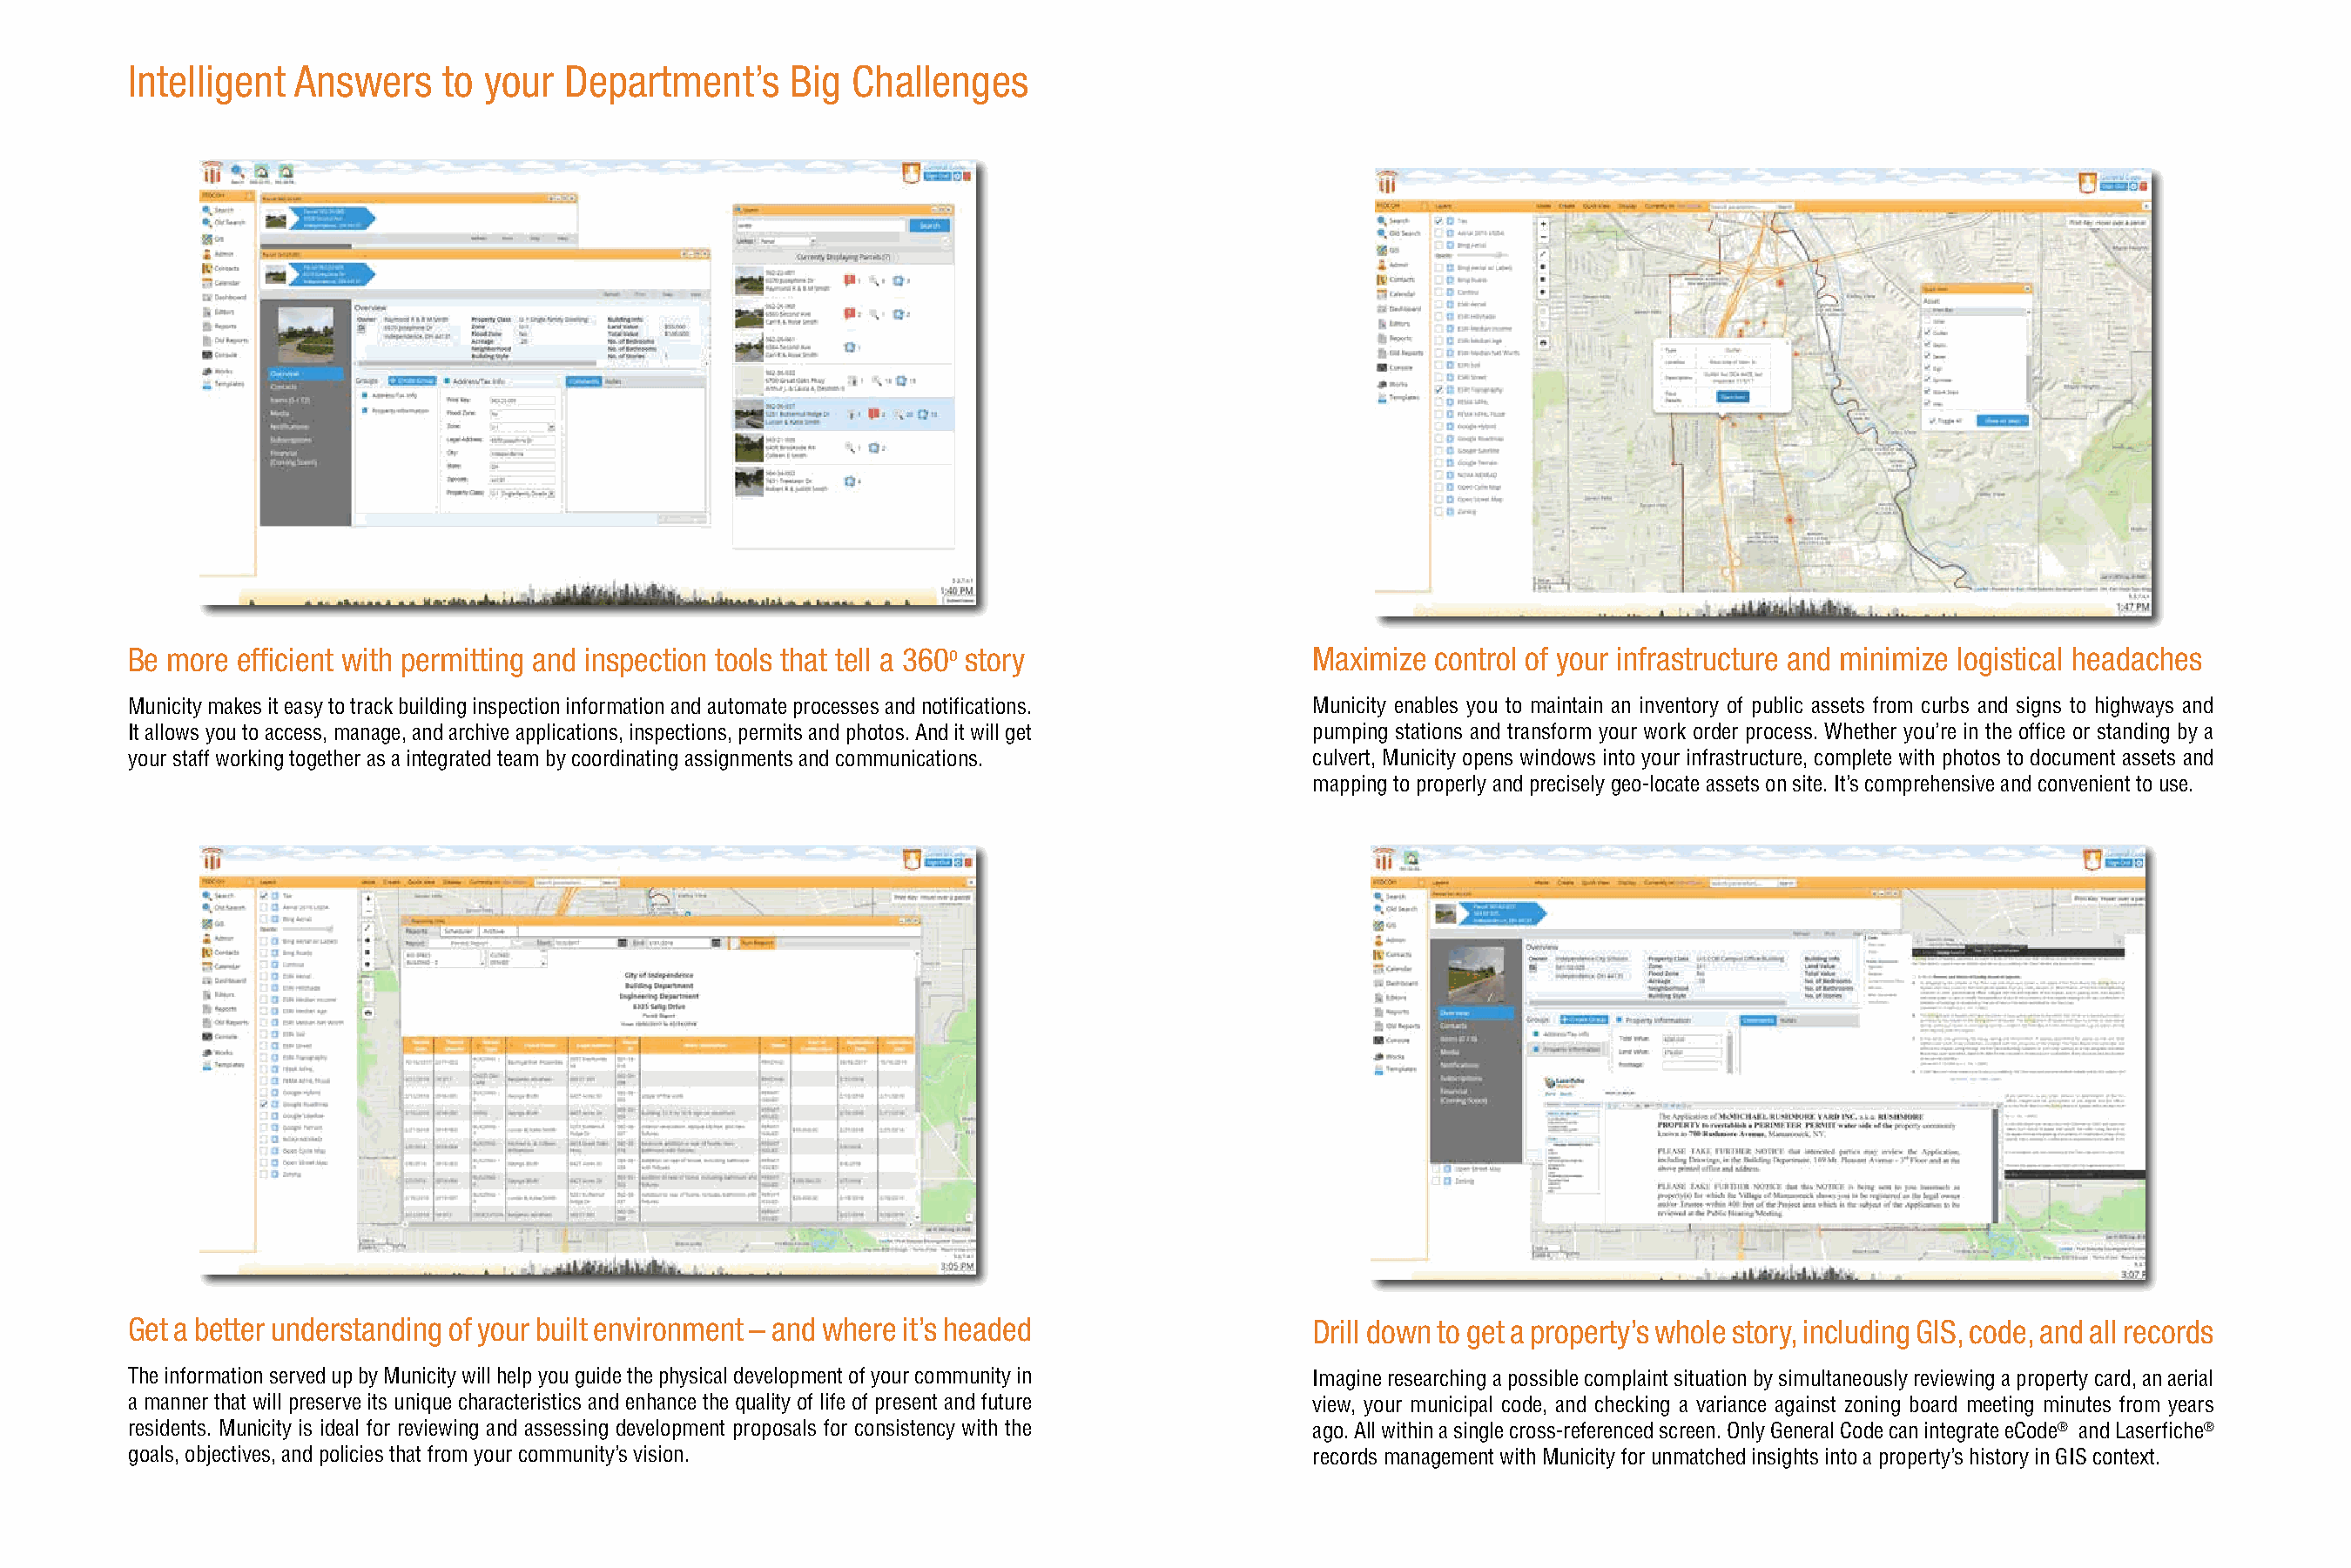
Intelligent Answers     to your  Department’s     Big  Challenges
 Be more efficient with permitting and inspection tools that tell a 360o story             Maximize control of your infrastructure and minimize logistical headaches
 Municity makes it easy to track building inspection information and automate processes and notifications. Municity enables you to maintain an inventory of public assets from curbs and signs to highways and
 It allows you to access, manage, and archive applications, inspections, permits and photos. And it will get pumping stations and transform your work order process. Whether you’re in the office or standing by a
 your staff working together as a integrated team by coordinating assignments and communications. culvert, Municity opens windows into your infrastructure, complete with photos to document assets and
 mapping to properly and precisely geo-locate assets on site. It’s comprehensive and convenient to use.
 Get a better understanding of your built environment – and where it’s headed              Drill down to get a property’s whole story, including GIS, code, and all records
 The information served up by Municity will help you guide the physical development of your community in Imagine researching a possible complaint situation by simultaneously reviewing a property card, an aerial
 a manner that will preserve its unique characteristics and enhance the quality of life of present and future view, your municipal code, and checking a variance against zoning board meeting minutes from years
 residents. Municity is ideal for reviewing and assessing development proposals for consistency with the ago. All within a single cross-referenced screen. Only General Code can integrate eCode® and Laserfiche®
 goals, objectives, and policies that from your community’s vision.                        records management with Municity for unmatched insights into a property’s history in GIS context.